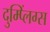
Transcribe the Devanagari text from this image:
दुम्प्लिंग्स